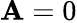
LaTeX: \mathbf{A}=0